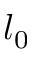
l _ { 0 }